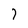
Character: 7